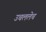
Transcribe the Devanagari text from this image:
उचललेच